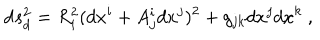
LaTeX: \mathrm { d } s _ { d } ^ { 2 } = R _ { i } ^ { 2 } ( d x ^ { i } + A _ { j } ^ { i } d x ^ { j } ) ^ { 2 } + g _ { j k } d x ^ { j } d x ^ { k } \ ,